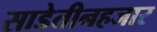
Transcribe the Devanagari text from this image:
साडेतीनहजार